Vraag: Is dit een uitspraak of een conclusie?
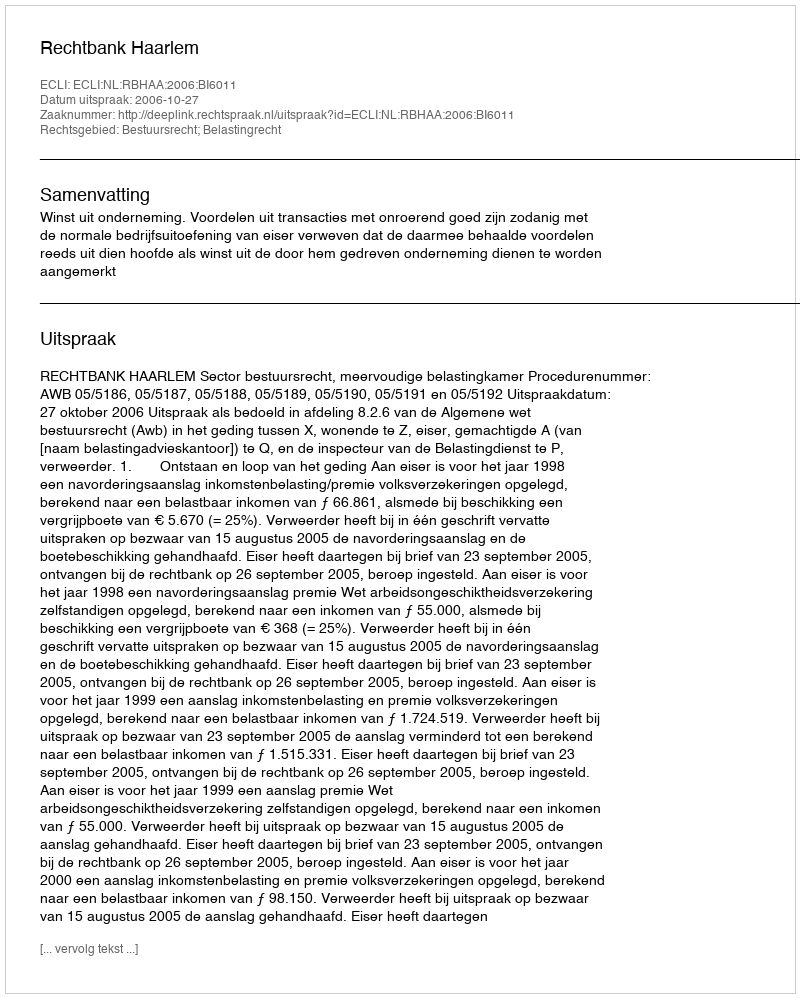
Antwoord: Uitspraak